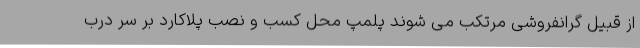
از قبیل گرانفروشی مرتکب می شوند پلمپ محل کسب و نصب پلاکارد بر سر درب